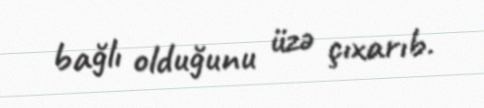
bağlı olduğunu üzə çıxarıb.